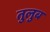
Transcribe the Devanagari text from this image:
तुलुब